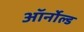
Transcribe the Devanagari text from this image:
ऑर्नोल्ड